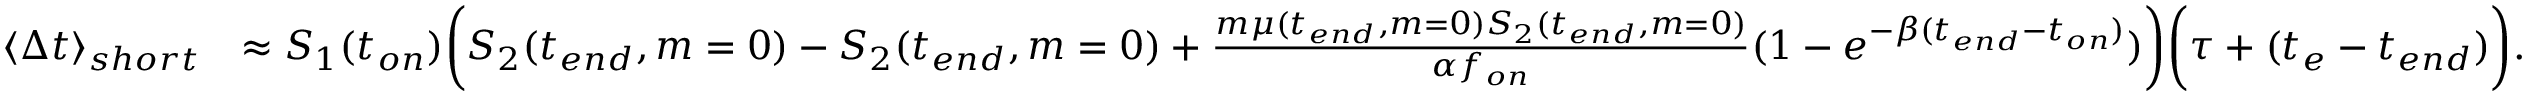
\begin{array} { r l } { \langle \Delta t \rangle _ { s h o r t } } & { \approx S _ { 1 } ( t _ { o n } ) \bigg ( S _ { 2 } ( t _ { e n d } , m = 0 ) - S _ { 2 } ( t _ { e n d } , m = 0 ) + \frac { m \mu ( t _ { e n d } , m = 0 ) S _ { 2 } ( t _ { e n d } , m = 0 ) } { \alpha f _ { o n } } ( 1 - e ^ { - \beta ( t _ { e n d } - t _ { o n } ) } ) \bigg ) \bigg ( \tau + ( t _ { e } - t _ { e n d } ) \bigg ) . } \end{array}